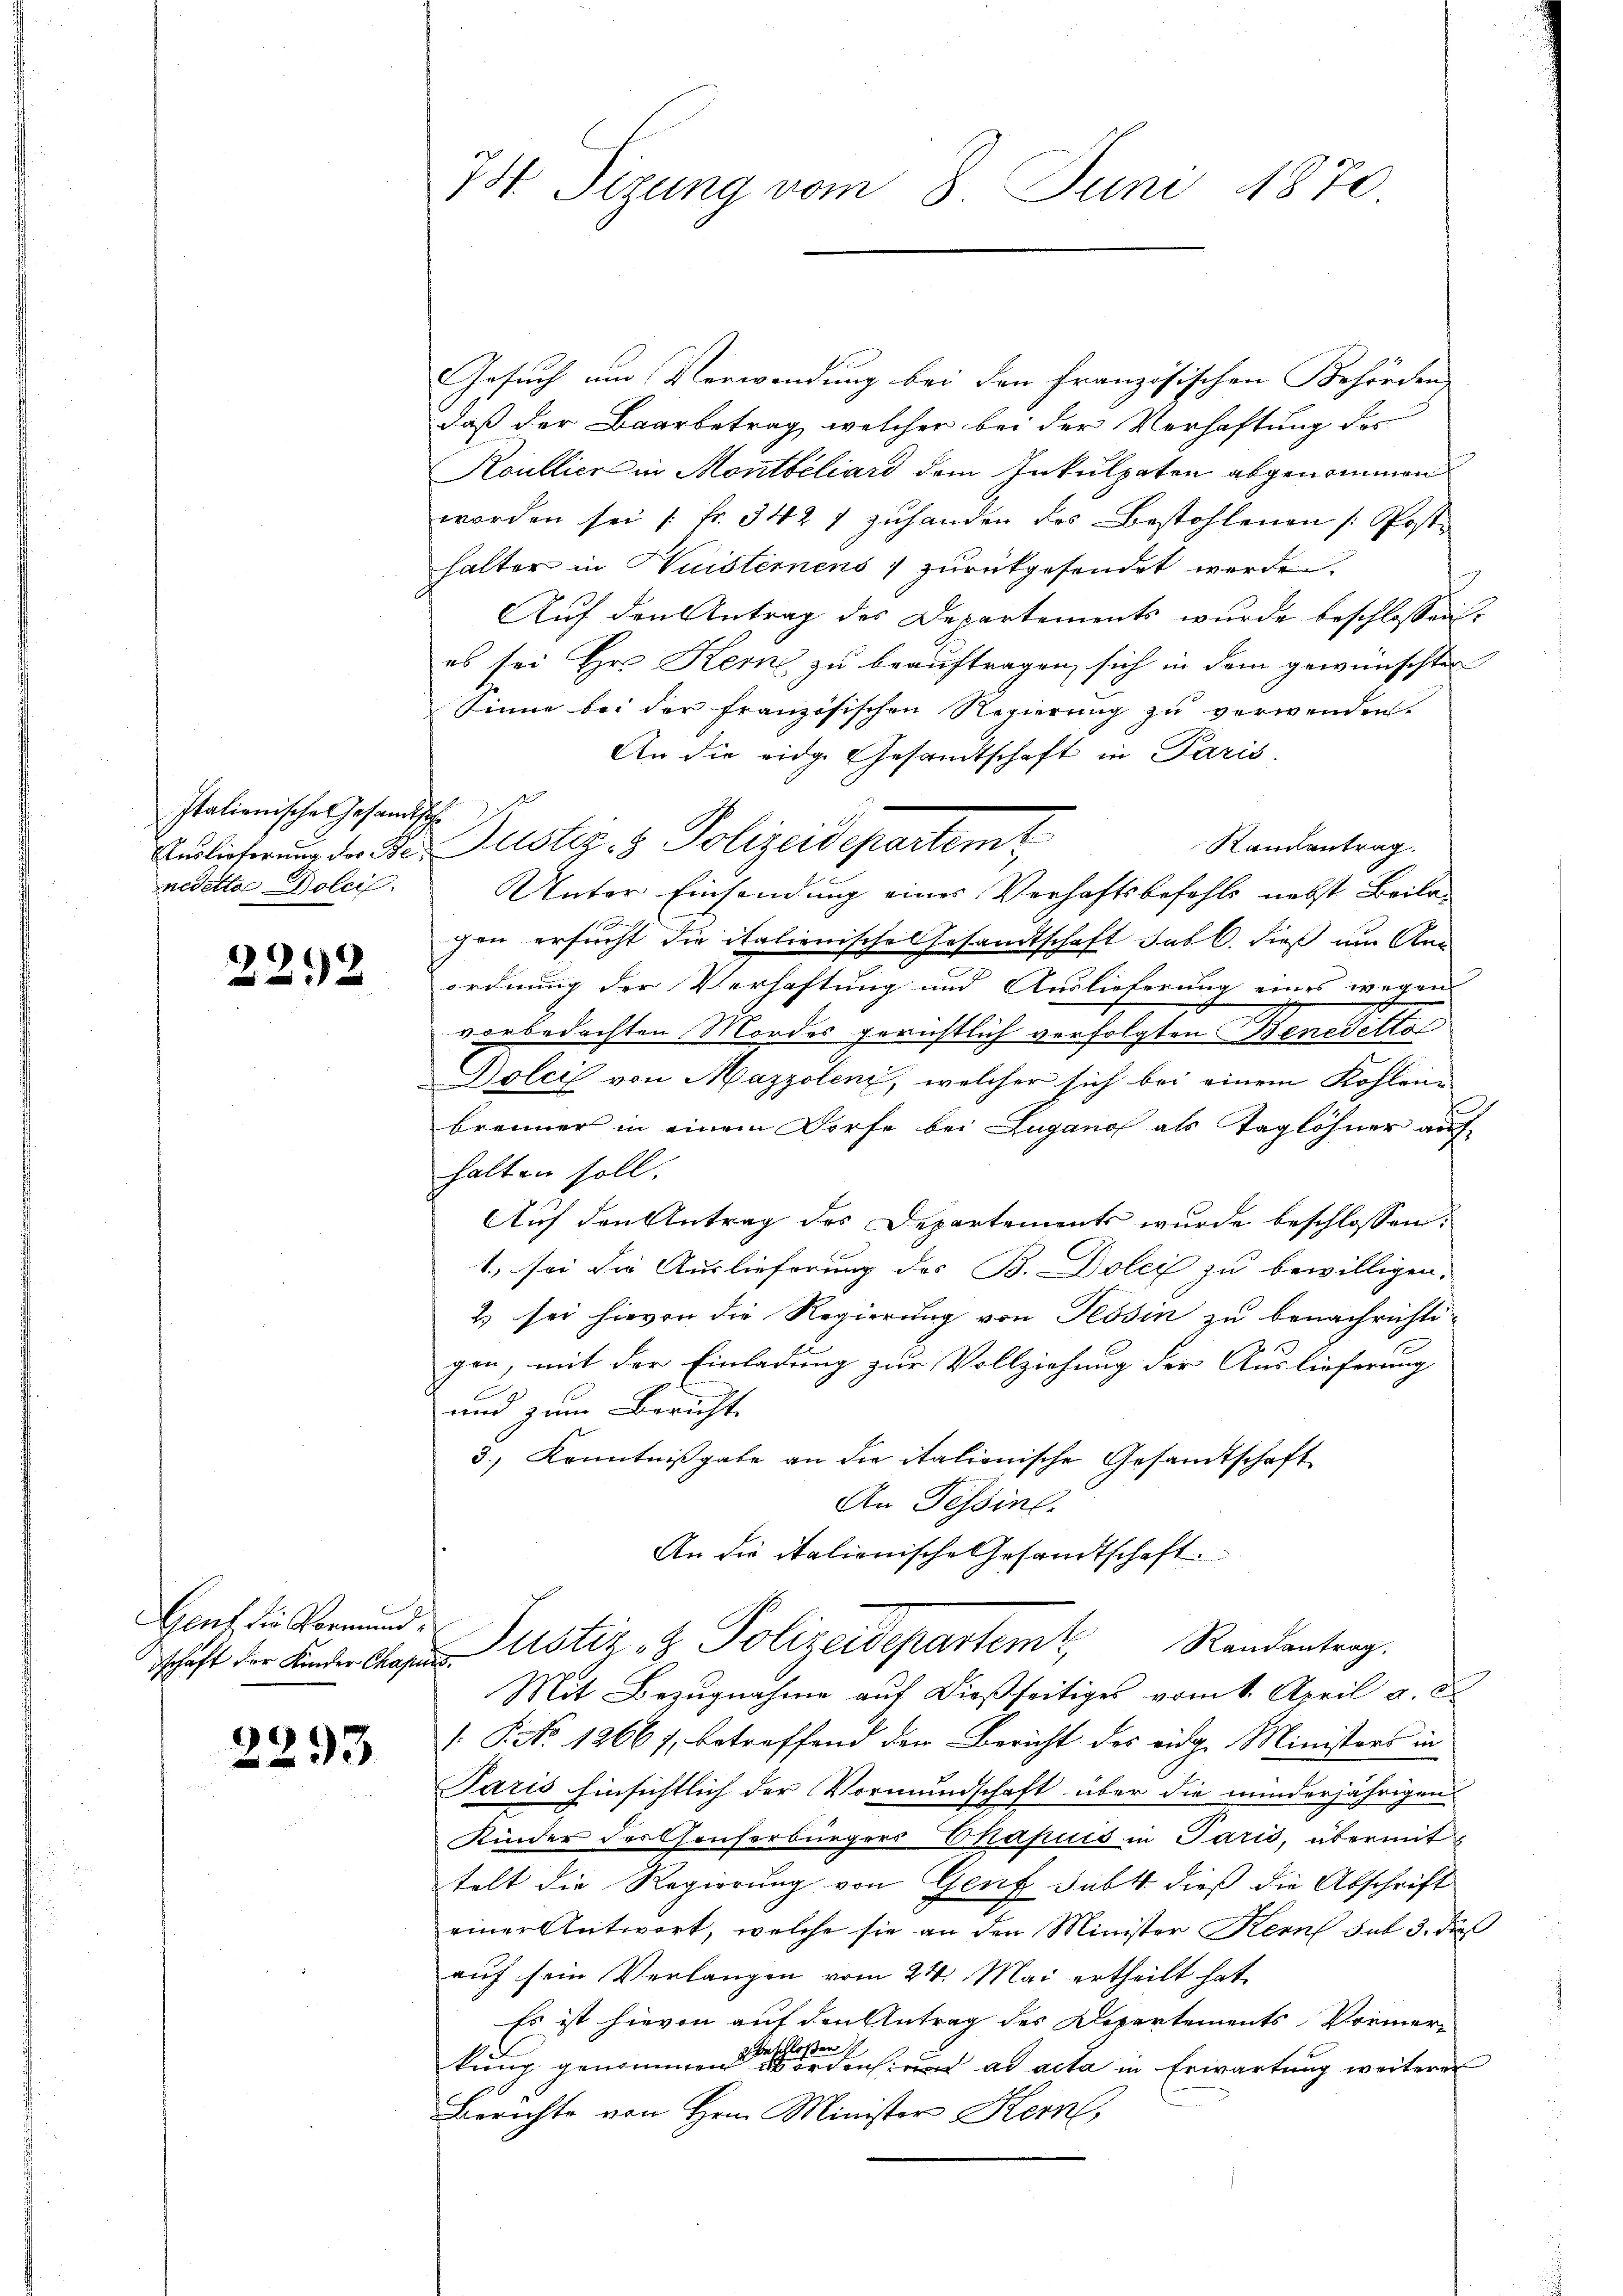
Italienische Gesandts
Auslieferung der Beredetter Dolci.

22.2

dschaft der Kinder Chapins.

2293

74. Sizung vom 8. Juni 1870

Gesuch um Verwendung bei den französischen Behörden
daß der Baarbetrag, welcher bei der Verhaftung des
Koullier in Montbéliard dem Inkulpaten abgenommen
worden sei [Fr. 342 7 zuhanden das Bestohlenen (Post
halter in Husternens zurückgesendet werde.
Auf den Antrag des Departements wurde beschlossen:
es sei Hr. Kern zu beauftragen, sich in dem gewünschten
Sinne bei der französischen Regierŭng zŭ verwenden.
An die eidge Gesandtschaft in Paris.
E
gen ersucht die italienische Gesandtschaft sub 6. dieß um An
ordnung der Verhaftung und Auslieferung eines wegen
vorbedachten Mordes gerichtlich verfolgten Benefetto
Dolcis von Mazzolenz, welcher sich bei einem Kohlene
brenner in einem Dorfe bei Lugano als Taglöhner auf
halten soll.
Auf den Antrag des Departements wurde beschlossen:
1., sei die Auslieferung des B. Dolei zu bewilligen.
2) sei hievon die Regierung von Tessin zu benachrichtigen, mit der Einladung zur Vollziehung der Auslieferung
und zum Bericht
3.) Kenntnißgabe an die italienische Gesandtschaft
An Tessin.
An die italienische Gesandtschaft
Haut die Vormund Justiz- & Polizeidepartem Randentrag.
Mit Bezugnahme auf dießseitiges vom 1. April a. d.
. P. No 1266), betreffend den Bericht des eidg. Ministers in
Paris hinsichtlich der Vormundschaft über die minderjährigen
Kinder des Gruserbürgers Chapuis in Paris, übermit
telt die Regierung von Genf subt dieß die Abschrift
einer Antwort, welche sie an den Minister Kern sub 3. dieß
auf sein Verlangen vom 24. Mai ertheilt hat.
Es ist hievon auf den Antrag des Departements Vormerinschloßen
kung genommen worden und ad acta in Erwartung weiterer
Berichte von Hrn. Minister Kern,

h

ustiz- & Polizei partemt,
Randantrag.
Unter Einsendung eines Verhaftsbefehls nebst Beila¬